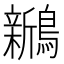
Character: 𬷵